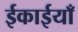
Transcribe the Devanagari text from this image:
ईकाईयाँ